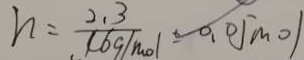
h = \frac { 2 . 3 } { ( 6 g / m o l ) } = 0 . 0 5 m o l